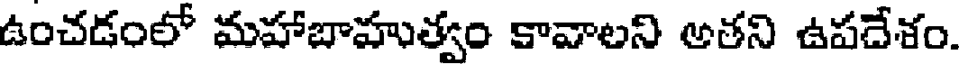
ఉంచడంలో మహాబాహుత్వం కావాలని అతని ఉపదేశం.